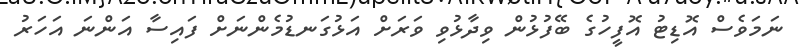
ނަމަވެސް އޮޑިޓު އޮފީހުގެ ބޭފުޅުން ވިދާޅުވި ވަރަށް އަޅުގަނޑުމެންނަށް ފައިސާ އަންނަ އަހަރު